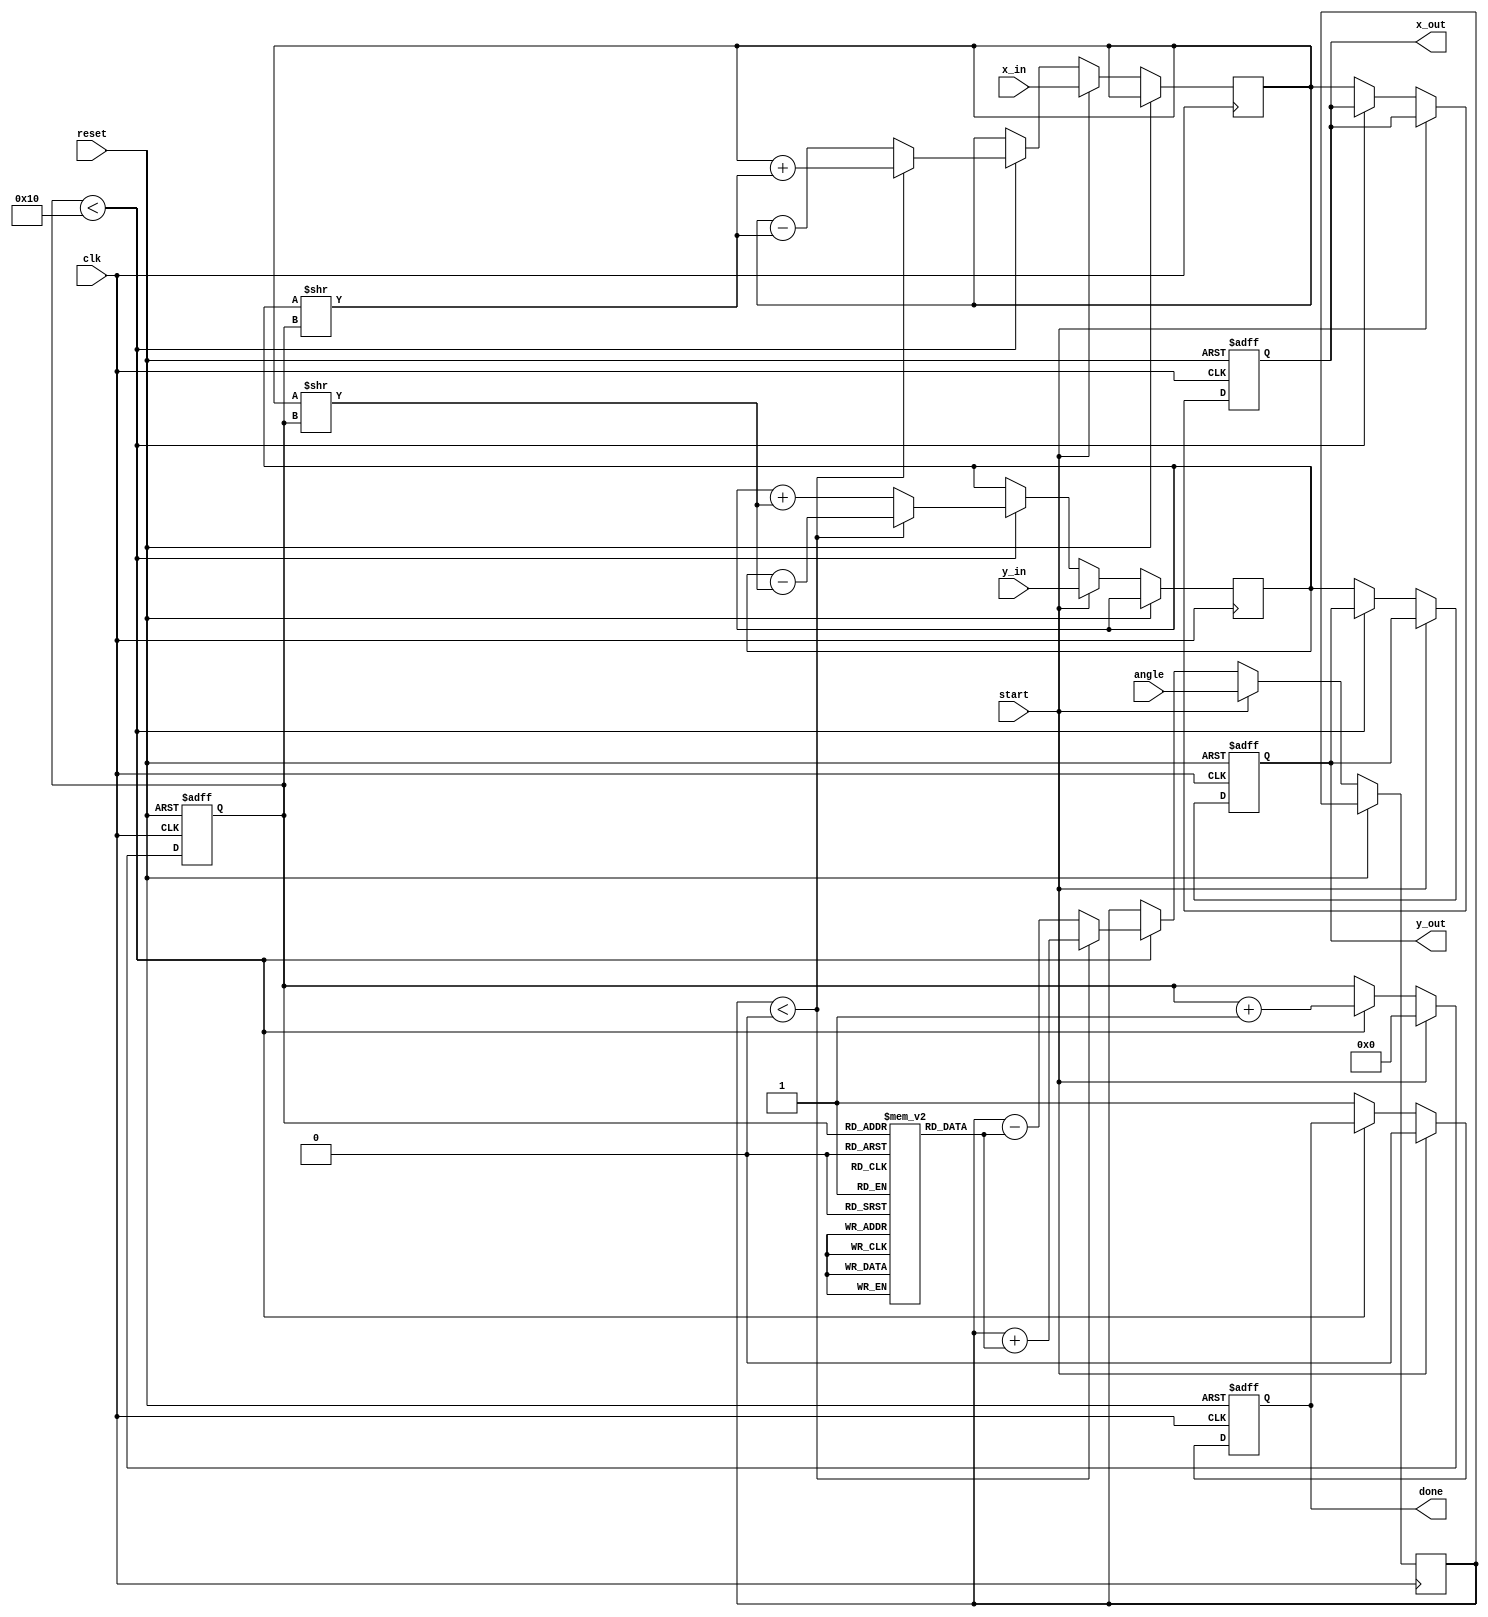
module CORDIC (
    input wire clk,
    input wire reset,
    input wire start,
    input wire [15:0] angle, // Fixed-point angle input
    input wire [15:0] x_in,  // Fixed-point x input
    input wire [15:0] y_in,  // Fixed-point y input
    output reg [15:0] x_out, // Fixed-point x output (cosine)
    output reg [15:0] y_out, // Fixed-point y output (sine)
    output reg done
);

    // CORDIC parameters
    parameter NUM_ITERATIONS = 16;
    reg [15:0] x [0:NUM_ITERATIONS-1]; // x values
    reg [15:0] y [0:NUM_ITERATIONS-1]; // y values
    reg [15:0] z [0:NUM_ITERATIONS-1]; // angle values
    reg [3:0] iteration; // iteration counter
    reg [15:0] angle_reg; // angle register
    reg [15:0] x_reg, y_reg; // registers for x and y

    // Precomputed arctangent values (in fixed-point representation)
    initial begin
        z[0] = 16'h2000; // atan(2^-0)
        z[1] = 16'h1000; // atan(2^-1)
        z[2] = 16'h0800; // atan(2^-2)
        z[3] = 16'h0400; // atan(2^-3)
        z[4] = 16'h0200; // atan(2^-4)
        z[5] = 16'h0100; // atan(2^-5)
        z[6] = 16'h0080; // atan(2^-6)
        z[7] = 16'h0040; // atan(2^-7)
        z[8] = 16'h0020; // atan(2^-8)
        z[9] = 16'h0010; // atan(2^-9)
        z[10] = 16'h0008; // atan(2^-10)
        z[11] = 16'h0004; // atan(2^-11)
        z[12] = 16'h0002; // atan(2^-12)
        z[13] = 16'h0001; // atan(2^-13)
        z[14] = 16'h0001; // atan(2^-14)
        z[15] = 16'h0000; // atan(2^-15)
    end

    // State machine for CORDIC operation
    always @(posedge clk or posedge reset) begin
        if (reset) begin
            iteration <= 0;
            x_out <= 0;
            y_out <= 0;
            done <= 0;
        end else if (start) begin
            // Initialize registers
            x_reg <= x_in;
            y_reg <= y_in;
            angle_reg <= angle;
            iteration <= 0;
            done <= 0;
        end else if (iteration < NUM_ITERATIONS) begin
            // CORDIC rotation update
            if (angle_reg < 0) begin
                // Rotate clockwise
                x_reg <= x_reg + (y_reg >> iteration);
                y_reg <= y_reg - (x_reg >> iteration);
                angle_reg <= angle_reg + z[iteration];
            end else begin
                // Rotate counterclockwise
                x_reg <= x_reg - (y_reg >> iteration);
                y_reg <= y_reg + (x_reg >> iteration);
                angle_reg <= angle_reg - z[iteration];
            end
            iteration <= iteration + 1;
        end else begin
            // Final output
            x_out <= x_reg;
            y_out <= y_reg;
            done <= 1;
        end
    end

endmodule